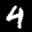
Label: 4